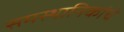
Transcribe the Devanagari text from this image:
समस्थानिकांचे